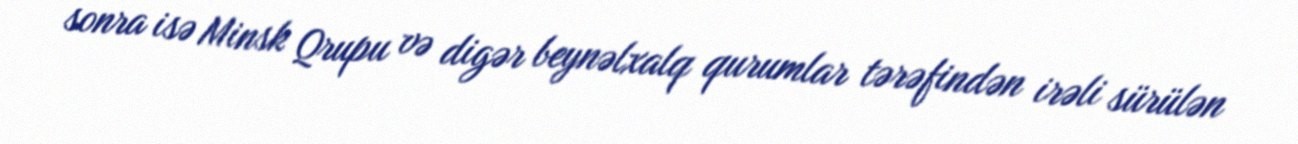
sonra isə Minsk Qrupu və digər beynəlxalq qurumlar tərəfindən irəli sürülən